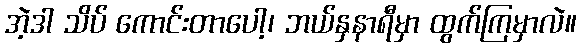
အဲ့ဒါ သိပ် ကောင်းတာပေါ့၊ ဘယ်နှနာရီမှာ ထွက်ကြမှာလဲ။